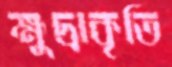
ক্ষুদ্রাকৃতি